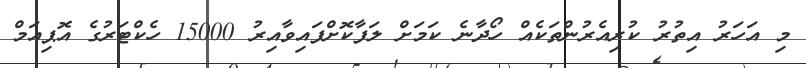
މި އަހަރު އިތުރު ކުރިއެރުންތަކެއް ހޯދާނެ ކަމަށް ލަފާކޮށްފައިވާއިރު 15000 ހެކްޓަރުގެ އޮޕިއަމް